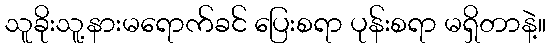
သူခိုးသူ့နားမရောက်ခင် ပြေးစရာ ပုန်းစရာ မရှိတာနဲ့။